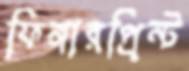
ফিঙ্গারপ্রিন্ট